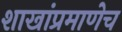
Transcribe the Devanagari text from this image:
शाखांप्रमाणेच